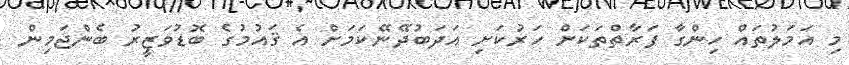
މި އަމަލުތައް ހިންގާ ފަރާތްތަކަށް ހަރުކަށި އަދަބުދޭނޭކަމަށް އެ ޤައުމުގެ ބޮޑުވަޒީރު ބެންޖަމިން